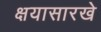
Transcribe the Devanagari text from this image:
क्षयासारखे